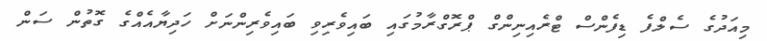
މިއަދުގެ ސެލްފެ ޑިފެންސް ޓްރެއިނިންގް ޕްރޮގްރާމުގައި ބައިވެރިވި ބައިވެރިންނަށް ހަދިޔާއެއްގެ ގޮތުން ސަން